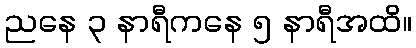
ညနေ ၃ နာရီကနေ ၅ နာရီအထိ။